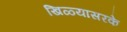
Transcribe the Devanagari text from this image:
खिळ्यासरके